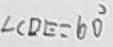
\angle C D E = 6 0 ^ { \circ }